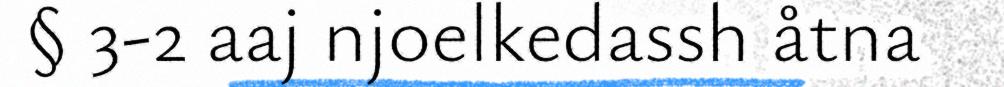
§ 3-2 aaj njoelkedassh åtna